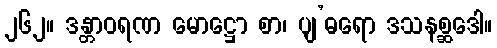
၂၆၂။ ဒန္တာဝရဏ မောဋ္ဌော စာ၊ ပျ’ဓရော ဒသနစ္ဆဒေါ။